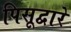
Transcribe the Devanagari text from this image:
पिसूद्वारे